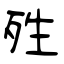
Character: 殅